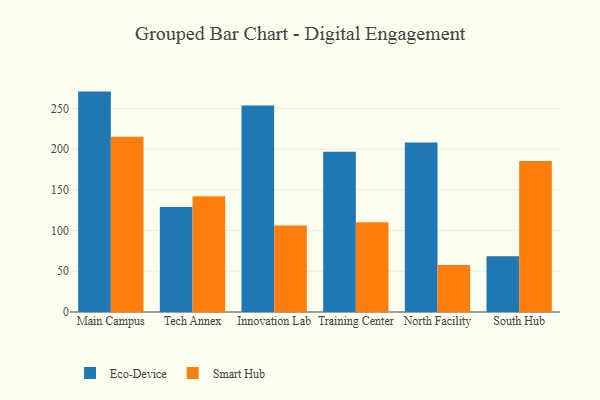
{"axis": {"x": "Campus", "y": "Conversion Rate (%)"}, "legend": ["Eco-Device", "Smart Hub"], "data": [{"x": "Main Campus", "y": 270.7, "type": "Eco-Device"}, {"x": "Main Campus", "y": 215.1, "type": "Smart Hub"}, {"x": "Tech Annex", "y": 129.0, "type": "Eco-Device"}, {"x": "Tech Annex", "y": 142.3, "type": "Smart Hub"}, {"x": "Innovation Lab", "y": 253.6, "type": "Eco-Device"}, {"x": "Innovation Lab", "y": 106.2, "type": "Smart Hub"}, {"x": "Training Center", "y": 196.9, "type": "Eco-Device"}, {"x": "Training Center", "y": 110.2, "type": "Smart Hub"}, {"x": "North Facility", "y": 208.3, "type": "Eco-Device"}, {"x": "North Facility", "y": 57.8, "type": "Smart Hub"}, {"x": "South Hub", "y": 68.6, "type": "Eco-Device"}, {"x": "South Hub", "y": 185.5, "type": "Smart Hub"}]}